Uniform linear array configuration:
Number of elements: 12
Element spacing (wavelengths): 1
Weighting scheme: binomial
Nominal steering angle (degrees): -45
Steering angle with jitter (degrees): -46.358
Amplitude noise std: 0.05
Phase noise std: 0.05

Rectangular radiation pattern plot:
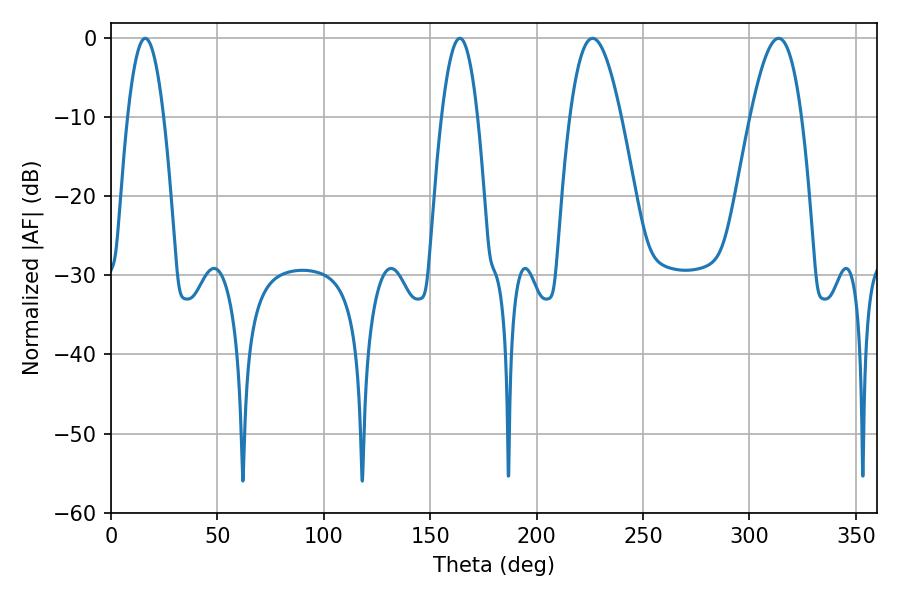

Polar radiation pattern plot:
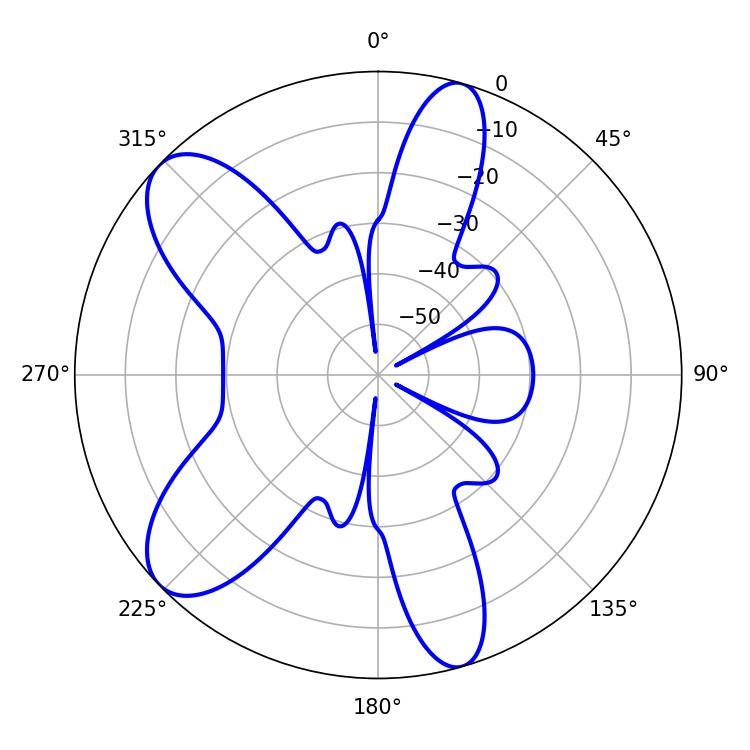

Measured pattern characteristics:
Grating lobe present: TRUE
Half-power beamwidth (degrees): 13.14
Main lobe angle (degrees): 226.26